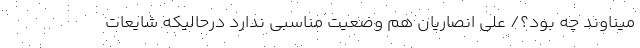
میناوند چه بود؟/ علی انصاریان هم وضعیت مناسبی ندارد درحالیکه شایعات